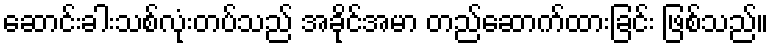
ဆောင်းခါးသစ်လုံးတပ်သည် အခိုင်အမာ တည်ဆောက်ထားခြင်း ဖြစ်သည်။